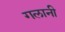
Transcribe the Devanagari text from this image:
गलानी